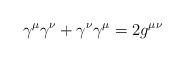
LaTeX: \begin{align*}\gamma^\mu \gamma^\nu+\gamma^\nu \gamma^\mu = 2g^{\mu\nu}\end{align*}